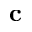
{ \bf c }